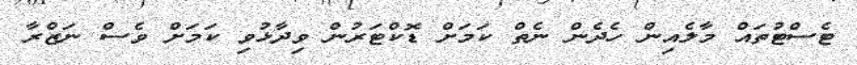
ޓެސްޓުތައް މާލެއިން ހެދެން ނެތް ކަމަށް ޑޮކްޓަރުން ވިދާޅުވި ކަމަށް ވެސް ނަޒްރާ